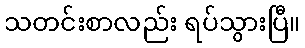
သတင်းစာလည်း ရပ်သွားပြီ။